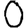
Digit: 0